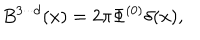
B ^ { 3 \cdot \cdot \cdot d } ( x ) = 2 \pi \Phi ^ { ( 0 ) } \delta ( x ) ,